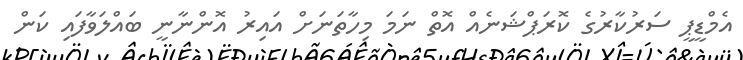
އެމްޑީޕީ ސަރުކާރުގެ ކޮރަޕްޝަނެއް އޮތް ނަމަ މިހާތަނަށް އައިރު އޮންނާނީ ބައްލަވާފައި ކަން